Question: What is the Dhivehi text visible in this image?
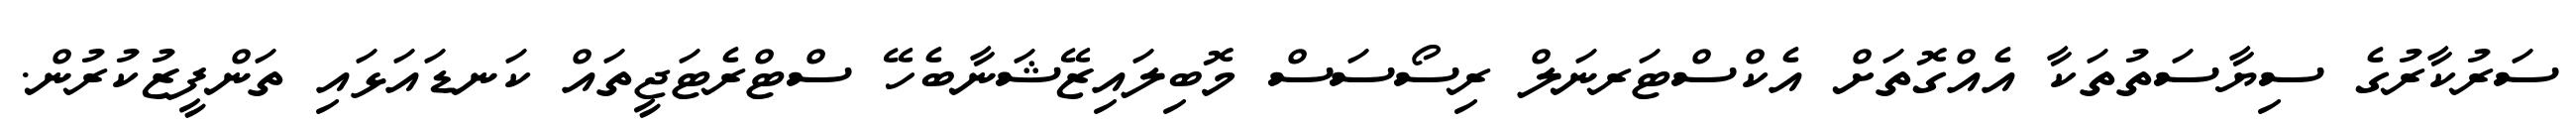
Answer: ސަރުކާރުގެ ސިޔާސަތުތަކާ އެއްގޮތަށް އެކްސްޓަރނަލް ރިސޯސަސް މޮބިލައިޒޭޝަނާބެހޭ ސްޓްރެޓަޖީތައް ކަނޑައަޅައި ތަންފީޒުކުރުން.